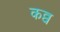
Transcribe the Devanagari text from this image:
कव्व